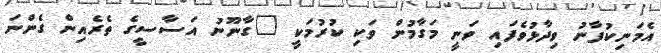
އެމަނިކުފާނު ވިދާޅުވެފައި ވަނީ މަގާމުން ވަކި ކުރުމަކީ "ގާނޫނު އަސާސީގެ ތެރެއިން ގެންނަ